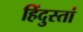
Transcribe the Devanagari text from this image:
हिंदुस्तां